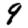
Digit: 9